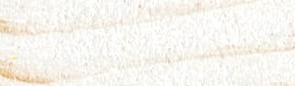
Under New Mgmt